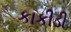
કાકીડી